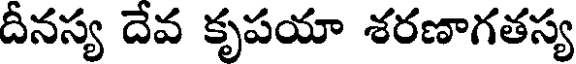
దీనస్య దేవ కృపయా శరణాగతస్య